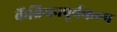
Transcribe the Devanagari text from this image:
कैंब्रियनपूर्वकल्प